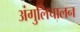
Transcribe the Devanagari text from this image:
अंगुलिचालन